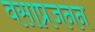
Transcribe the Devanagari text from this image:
वसाप्रजनन